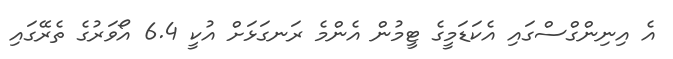
އެ އިނިންގްސްގައި އެކަޑަމީގެ ޓީމުން އެންމެ ރަނގަޅަށް އުކީ 6.4 އޯވަރުގެ ތެރޭގައި